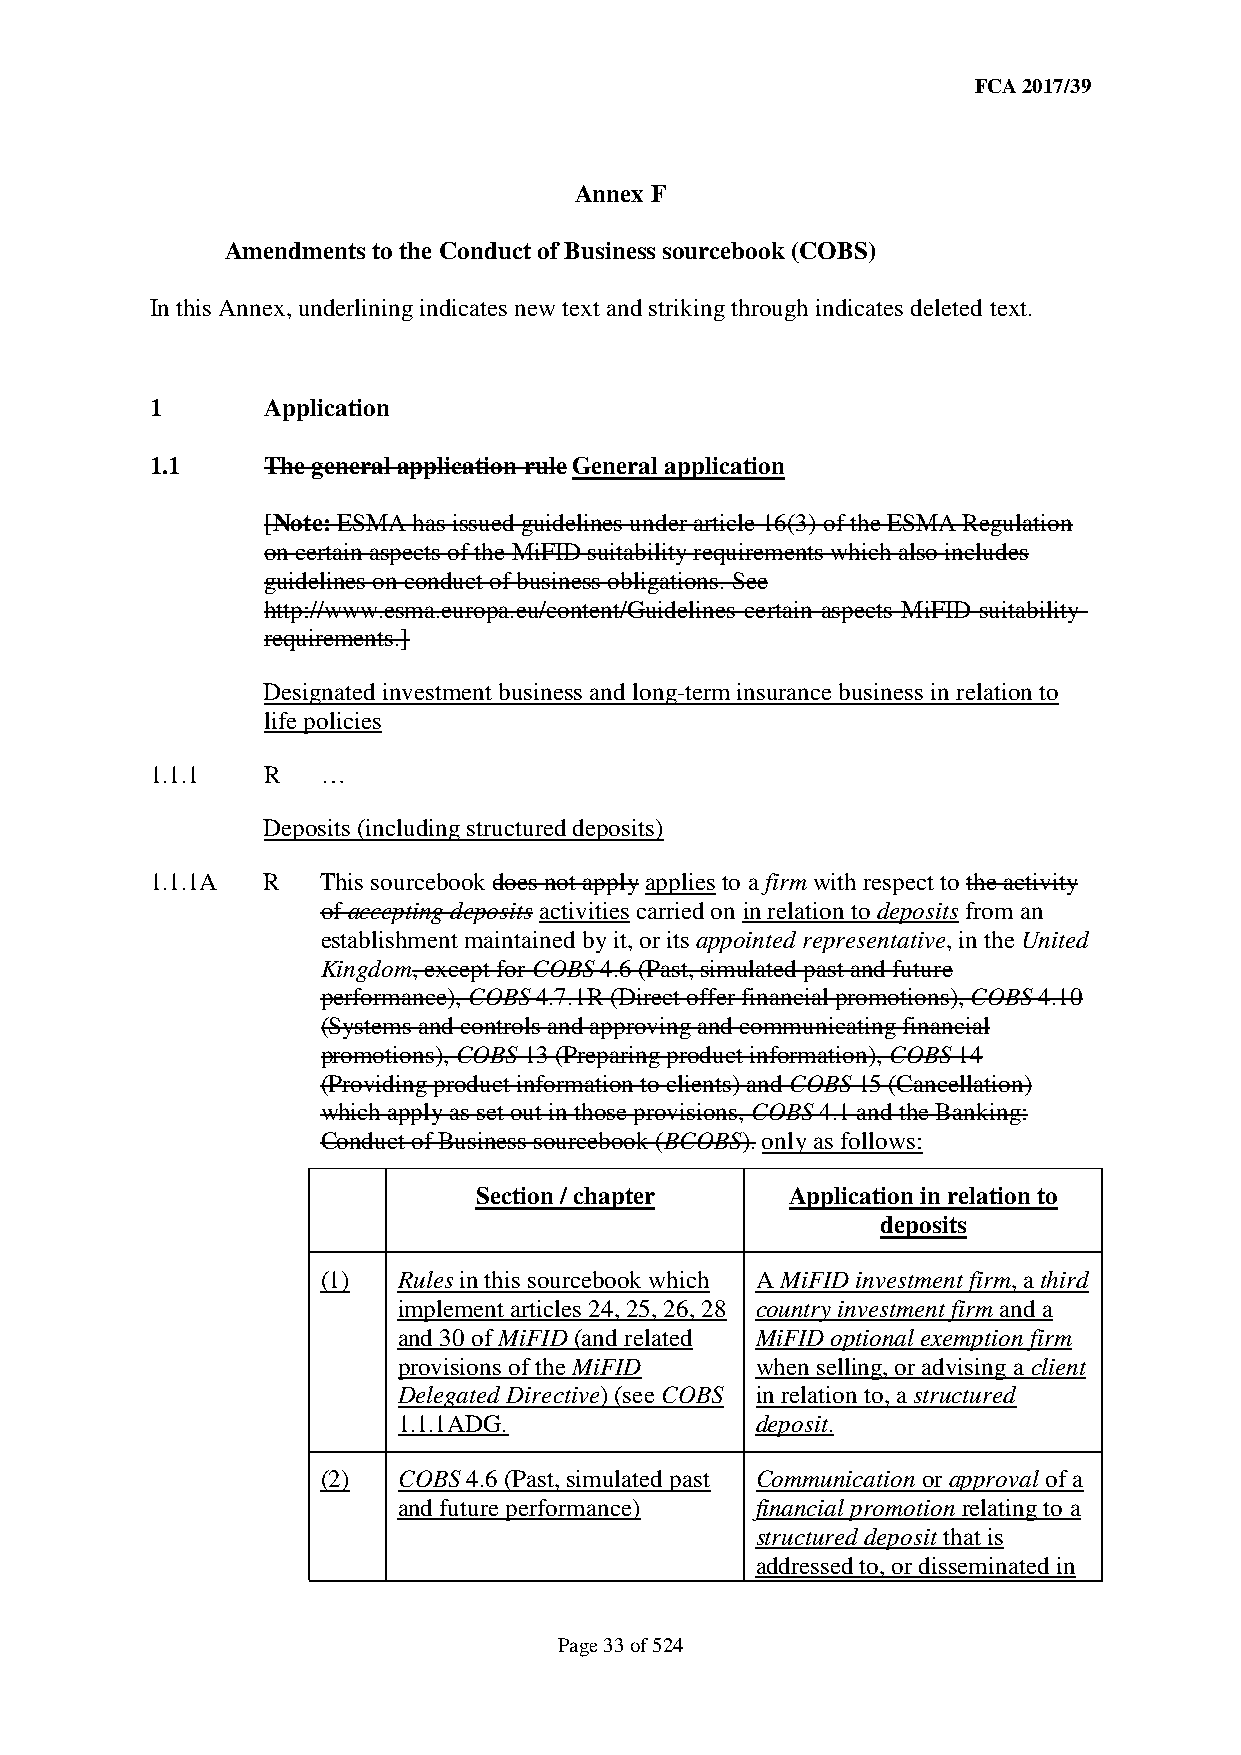
FCA 2017/39
 Annex F
 Amendments to the Conduct of Business sourcebook (COBS)
 In this Annex, underlining indicates new text and striking through indicates deleted text.
 1      Application
 1.1    The general application rule General application
 [Note: ESMA has issued guidelines under article 16(3) of the ESMA Regulation
 on certain aspects of the MiFID suitability requirements which also includes
 guidelines on conduct of business obligations. See
 http://www.esma.europa.eu/content/Guidelines-certain-aspects-MiFID-suitability-
 requirements.]
 Designated investment business and long-term insurance business in relation to
 life policies
 1.1.1  R   …
 Deposits (including structured deposits)
 1.1.1A R   This sourcebook does not apply applies to a firm with respect to the activity
 of accepting deposits activities carried on in relation to deposits from an
 establishment maintained by it, or its appointed representative, in the United
 Kingdom, except for COBS 4.6 (Past, simulated past and future
 performance), COBS 4.7.1R (Direct offer financial promotions), COBS 4.10
 (Systems and controls and approving and communicating financial
 promotions), COBS 13 (Preparing product information), COBS 14
 (Providing product information to clients) and COBS 15 (Cancellation)
 which apply as set out in those provisions, COBS 4.1 and the Banking:
 Conduct of Business sourcebook (BCOBS). only as follows:
 Section / chapter    Application in relation to
 deposits
 (1)  Rules in this sourcebook which A MiFID investment firm, a third
 implement articles 24, 25, 26, 28 country investment firm and a
 and 30 of MiFID (and related MiFID optional exemption firm
 provisions of the MiFID when selling, or advising a client
 Delegated Directive) (see COBS in relation to, a structured
 1.1.1ADG.               deposit.
 (2)  COBS 4.6 (Past, simulated past Communication or approval of a
 and future performance) financial promotion relating to a
 structured deposit that is
 addressed to, or disseminated in
 Page 33 of 524